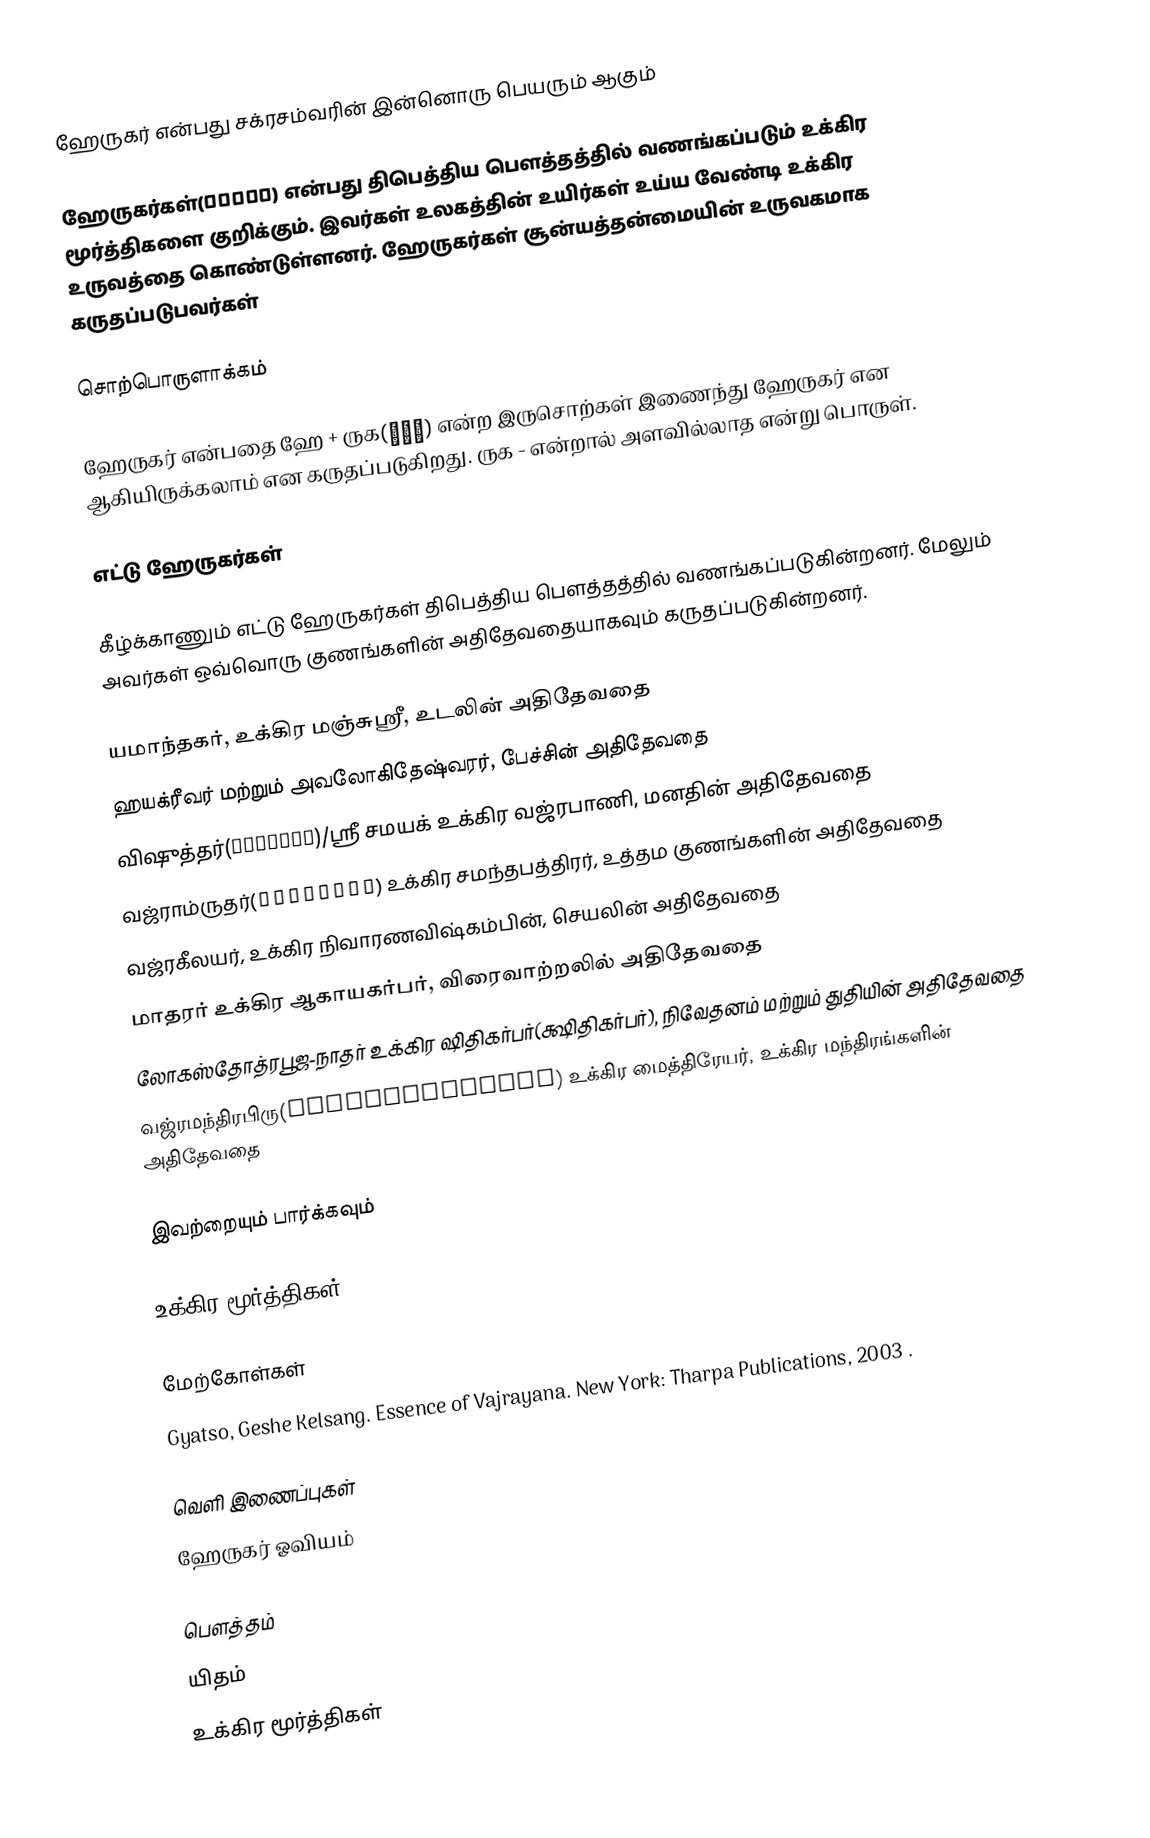
ஹேருகர் என்பது சக்ரசம்வரின் இன்னொரு பெயரும் ஆகும்

ஹேருகர்கள்(हेरुक) என்பது திபெத்திய பௌத்தத்தில் வணங்கப்படும் உக்கிர மூர்த்திகளை குறிக்கும். இவர்கள் உலகத்தின் உயிர்கள் உய்ய வேண்டி உக்கிர உருவத்தை கொண்டுள்ளனர். ஹேருகர்கள் சூன்யத்தன்மையின் உருவகமாக கருதப்படுபவர்கள்

சொற்பொருளாக்கம்

ஹேருகர் என்பதை ஹே + ருக(रुक) என்ற இருசொற்கள் இணைந்து ஹேருகர் என ஆகியிருக்கலாம் என கருதப்படுகிறது. ருக - என்றால் அளவில்லாத என்று பொருள்.

எட்டு ஹேருகர்கள்

கீழ்க்காணும் எட்டு ஹேருகர்கள் திபெத்திய பௌத்தத்தில் வணங்கப்படுகின்றனர். மேலும் அவர்கள் ஒவ்வொரு குணங்களின் அதிதேவதையாகவும் கருதப்படுகின்றனர்.

 யமாந்தகர், உக்கிர மஞ்சுஸ்ரீ, உடலின் அதிதேவதை
 ஹயக்ரீவர்  மற்றும்  அவலோகிதேஷ்வரர், பேச்சின் அதிதேவதை
 விஷுத்தர்(बिशुद्ध)/ஸ்ரீ சமயக் உக்கிர வஜ்ரபாணி, மனதின் அதிதேவதை
 வஜ்ராம்ருதர்(वज्रामृत) உக்கிர சமந்தபத்திரர், உத்தம குணங்களின் அதிதேவதை
 வஜ்ரகீலயர், உக்கிர நிவாரணவிஷ்கம்பின், செயலின் அதிதேவதை
 மாதரர் உக்கிர ஆகாயகர்பர், விரைவாற்றலில் அதிதேவதை
 லோகஸ்தோத்ரபூஜ-நாதர் உக்கிர ஷிதிகர்பர்(க்ஷிதிகர்பர்), நிவேதனம் மற்றும் துதியின் அதிதேவதை
 வஜ்ரமந்திரபிரு(वज्रमन्त्रभिरु) உக்கிர மைத்திரேயர், உக்கிர மந்திரங்களின் அதிதேவதை

இவற்றையும் பார்க்கவும்

 உக்கிர மூர்த்திகள்

மேற்கோள்கள்
 Gyatso, Geshe Kelsang. Essence of Vajrayana. New York: Tharpa Publications, 2003 .

வெளி இணைப்புகள்
 ஹேருகர் ஓவியம்

பௌத்தம்
யிதம்
உக்கிர மூர்த்திகள்